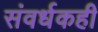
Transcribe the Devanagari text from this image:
संवर्धकही